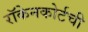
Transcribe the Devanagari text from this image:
रॉकेनकोर्टची